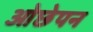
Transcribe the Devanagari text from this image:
ओछेपन